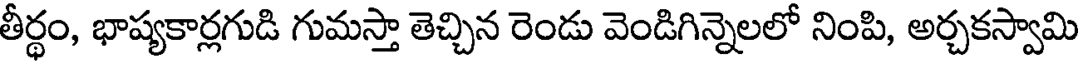
తీర్థం, భాష్యకార్లగుడి గుమస్తా తెచ్చిన రెండు వెండిగిన్నెలలో నింపి, అర్చకస్వామి